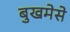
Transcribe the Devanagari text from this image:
बुखमेसे